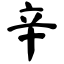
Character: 辛